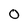
Character: 0